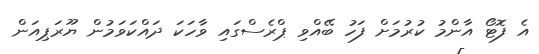
އެ ފޮޓޯ އާންމު ކުރުމަށް ފަހު ބޭއްވި ޕްރެސްގައި ވާހަކަ ދައްކަވަމުން ޔޫރަޕިއަން